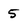
Character: 5